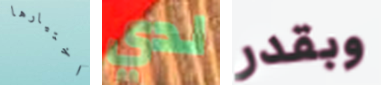
اختيارها لدي وبقدر